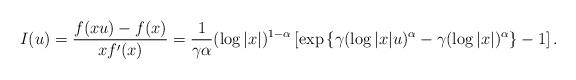
LaTeX: \begin{align*}I(u) = \frac{f(xu) - f(x)}{x f'(x)} =\frac{1}{\gamma \alpha} (\log |x|)^{1-\alpha} \left[ \exp \left\{ \gamma (\log |x|u)^\alpha - \gamma (\log |x|)^\alpha \right\} -1 \right].\end{align*}